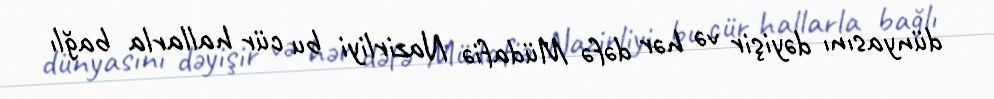
dünyasını dəyişir və hər dəfə Müdafiə Nazirliyi bu cür hallarla bağlı